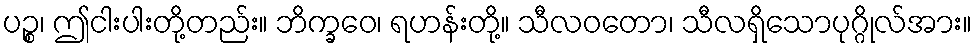
ပဉ္စ၊ ဤငါးပါးတို့တည်း။ ဘိက္ခဝေ၊ ရဟန်းတို့။ သီလဝတော၊ သီလရှိသောပုဂ္ဂိုလ်အား။